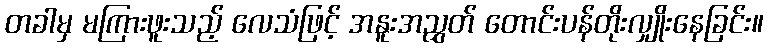
တခါမှ မကြားဖူးသည့် လေသံဖြင့် အနူးအညွှတ် တောင်းပန်တိုးလျှိုးနေခြင်း။